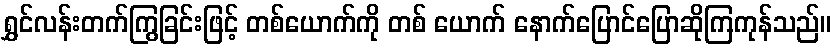
ရွှင်လန်းတက်ကြွခြင်းဖြင့် တစ်ယောက်ကို တစ် ယောက် နောက်ပြောင်ပြောဆိုကြကုန်သည်။